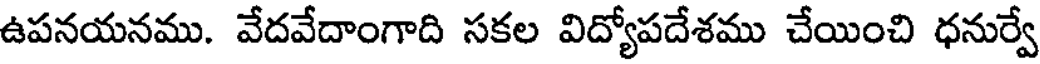
ఉపనయనము. వేదవేదాంగాది సకల విద్యోపదేశము చేయించి ధనుర్వే